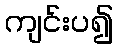
ကျင်းပ၍